NAE_ERA_R-30_Eesti_Riiklik_Spordiamet, lk 25
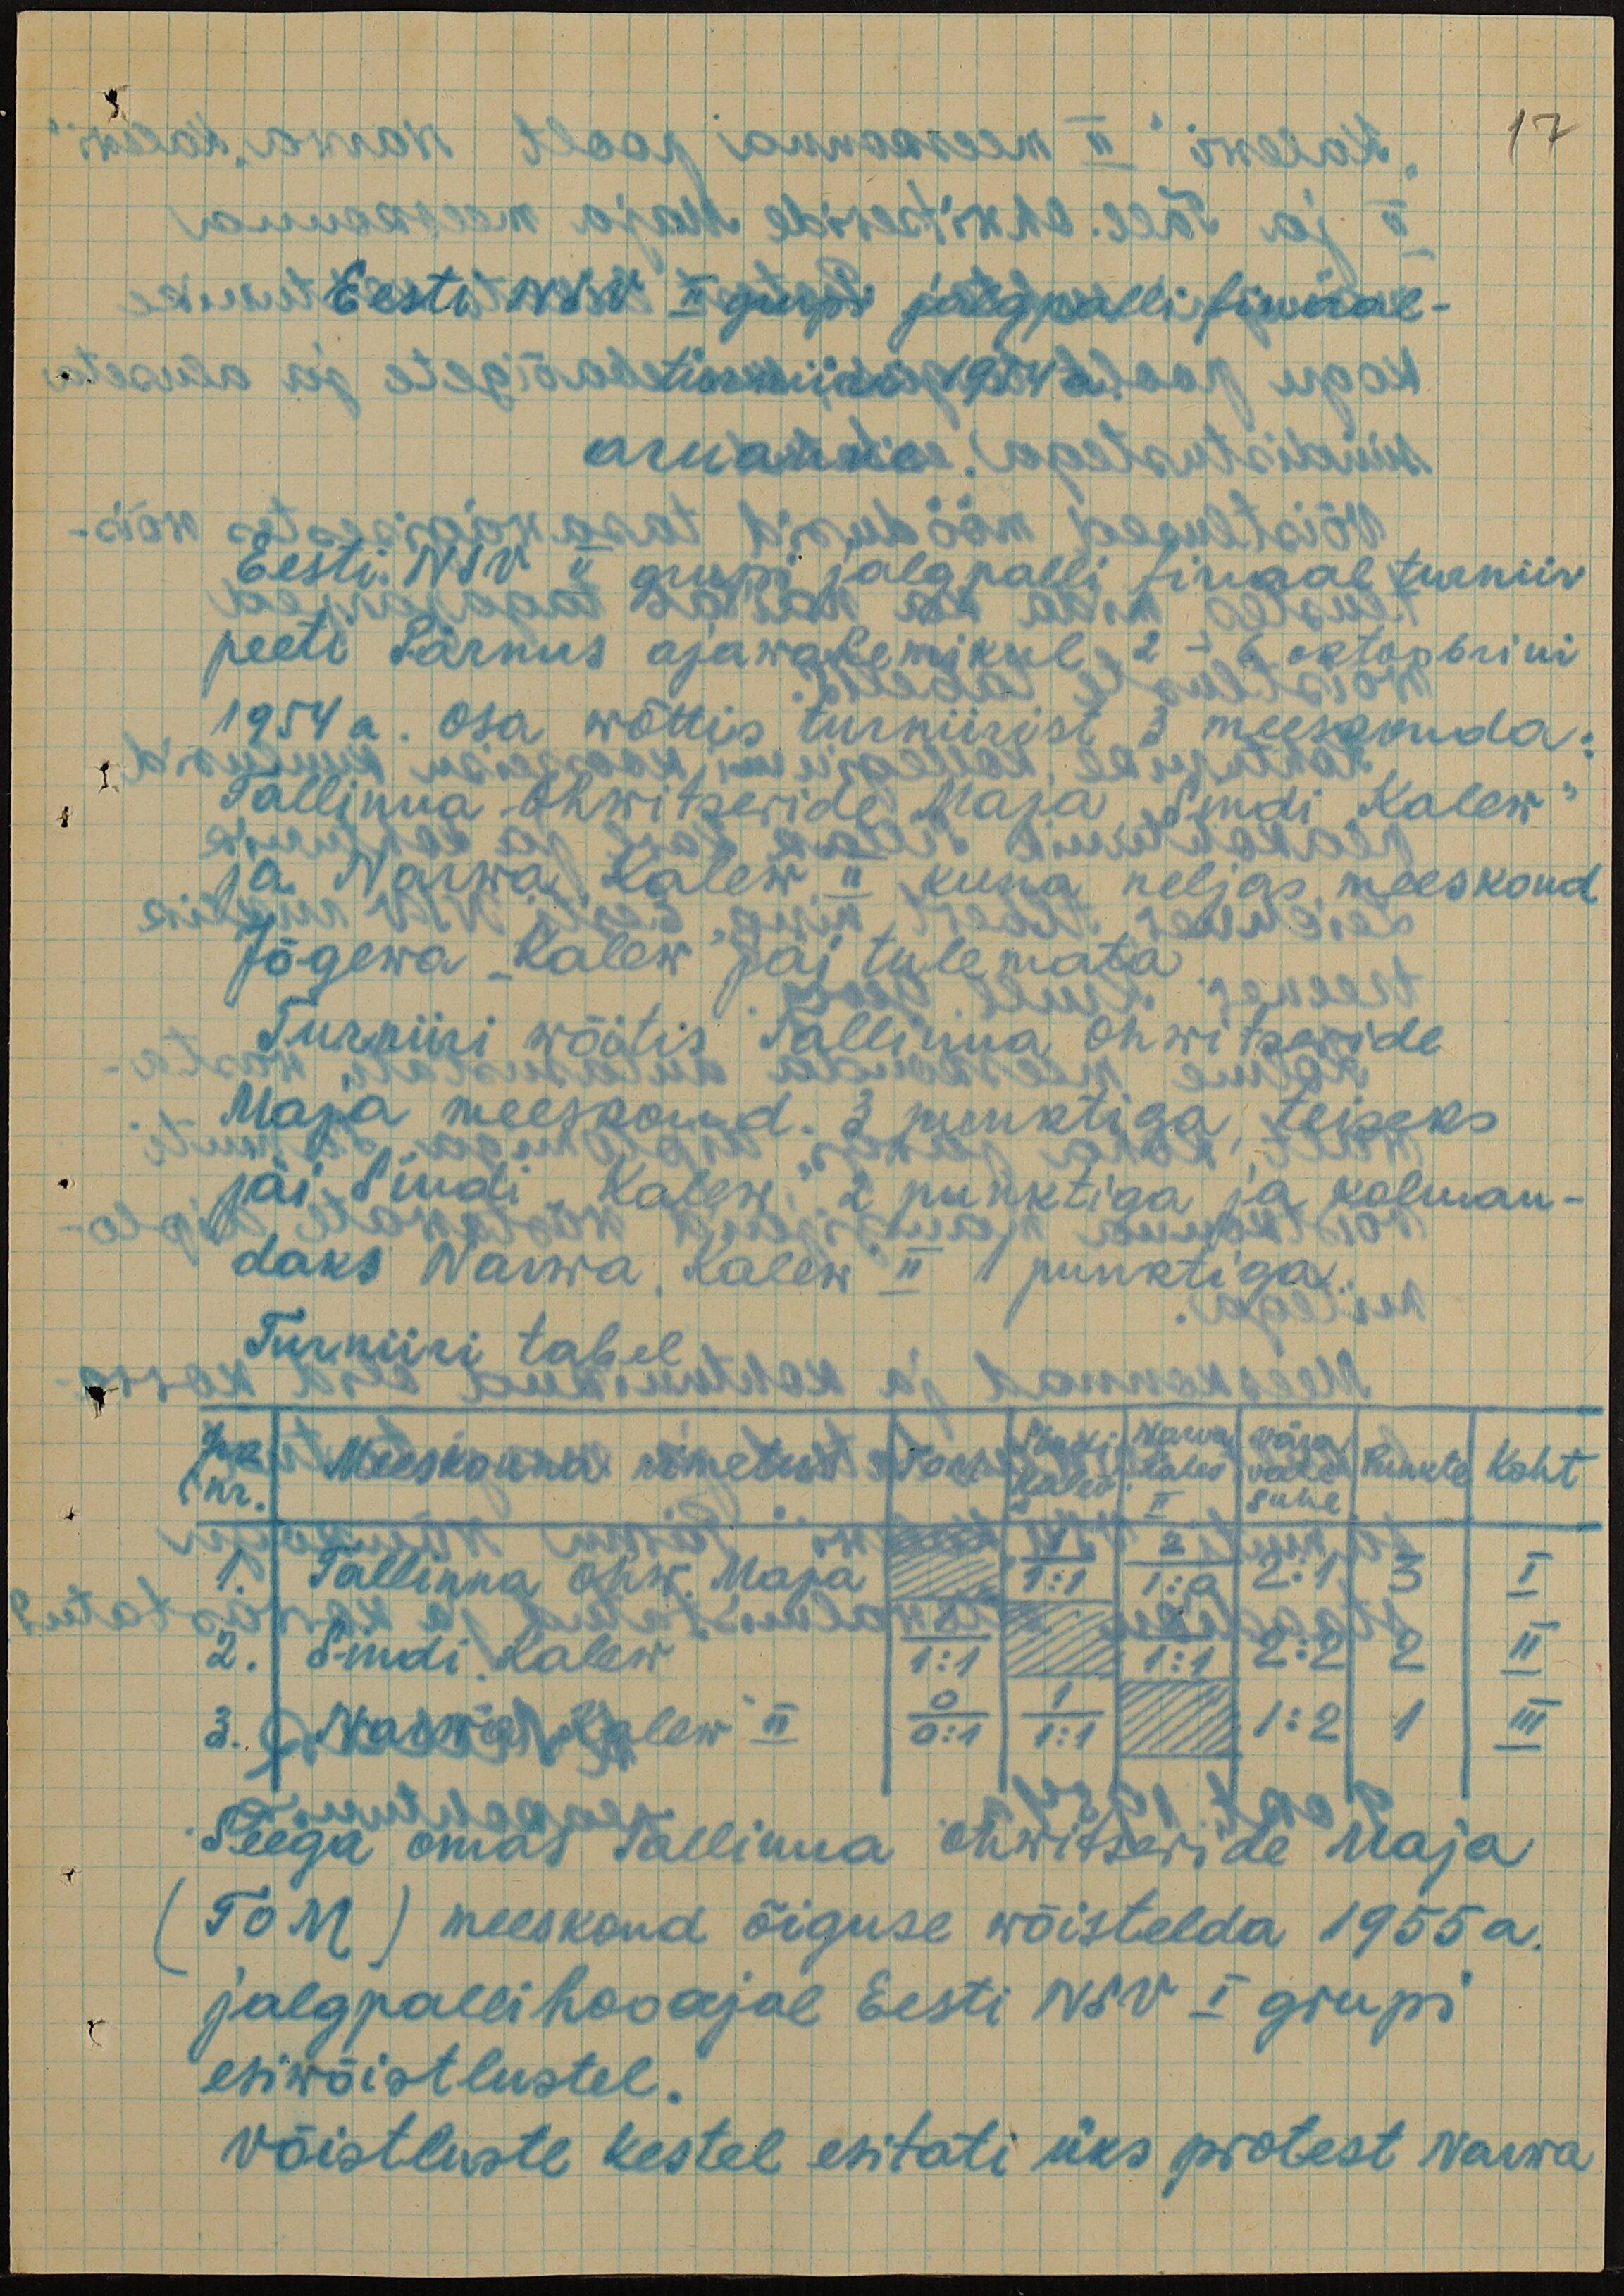
17
Eesti NSV II grupi jalgpalli finaal-
turniiri 1954 a.
aruanne.
Eesti NSV II grupi jalgpalli finaalturniir
peeti Pärnus ajawahemikul 2-6. oktoobrini
1954 a. Osa wõttis turniirist 3 meeskonda:
Tallinna Ohwitseride Maja, Sindi "Kalew“
ja Narwa "Kalew" II kuna neljas meeskond
Jõgewa "Kalew" jäi tulemata.
Turniiri wõitis Tallinna Ohwitseride
Maja meeskond 3 punktiga, teiseks
jäi Sindi "Kalew" 2 punktiga ja kolman-
daks Narwa "Kalew" II 1 punktiga.
Turniiri tabel
Jrk
nr.
Meeskonna nimetus
TOM
Sindi
"Kalev"
Narva
"Kalev"
II
Vära
vate
suhe
Punkte
Koht
1. Tallinna Ohw. Maja
2:1 3 I
2. Sindi "Kalew"
2:2 2 II
3. Narwa "Kalew" II
1:2 1 III
Seega omas Tallinna Ohwitseride Maja
(TOM) meeskond õiguse wõistelda 1955a.
jalgpallihooajal Eesti NSV I grupi
esiwõistlustel.
Võistluste kestel esitati üks protest Narwa